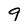
Character: 9